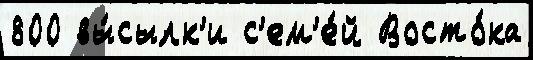
800 вы́сылк'и с'ем'е́й Восто́ка